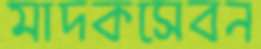
মাদকসেবন